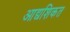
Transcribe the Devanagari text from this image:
आद्यशिकत